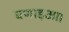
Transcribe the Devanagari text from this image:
बणाइआ।